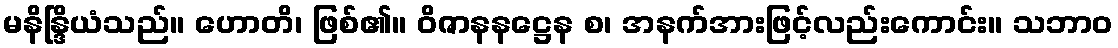
မနိန္ဒြိယံသည်။ ဟောတိ၊ ဖြစ်၏။ ဝိဇာနနဋ္ဌေန စ၊ အနက်အားဖြင့်လည်းကောင်း။ သဘာဝ